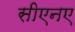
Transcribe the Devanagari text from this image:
सीएनए